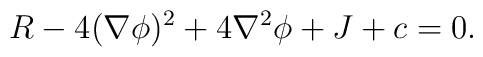
R - 4 (\nabla \phi)^2 + 4 \nabla^2 \phi + J + c = 0.